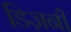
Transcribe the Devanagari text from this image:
डि़ज़नी